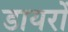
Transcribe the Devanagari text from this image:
डायरों